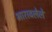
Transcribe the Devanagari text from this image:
भारावलेले